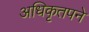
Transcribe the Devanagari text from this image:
अधिकृतपने